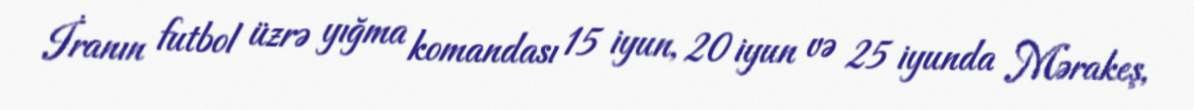
İranın futbol üzrə yığma komandası 15 iyun, 20 iyun və 25 iyunda Mərakeş,